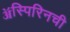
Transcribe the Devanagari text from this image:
ॲस्पिरिनची